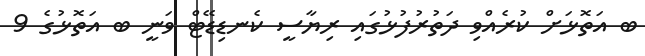
ބ އަތޮޅަށް ކުރެއްވި ދަތުރުފުޅުގައި ރިޔާސީ ކެނޑިޑޭޓް ވަނީ ބ އަތޮޅުގެ 9